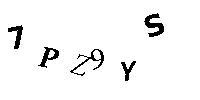
7PZ9YS